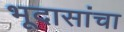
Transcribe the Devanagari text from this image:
भूदासांचा